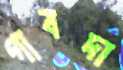
গাবদা